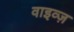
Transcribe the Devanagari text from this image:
वाइव्ज़